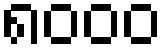
၈၀၀၀